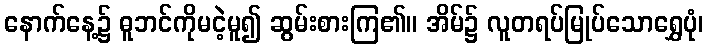
နောက်နေ့၌ ဓူဘင်ကိုမငဲ့မူ၍ ဆွမ်းစားကြ၏။ အိမ်၌ လူတရပ်မြုပ်သောရွှေပုံ၊